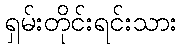
ရှမ်းတိုင်းရင်းသား